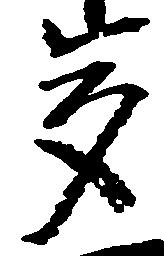
多